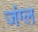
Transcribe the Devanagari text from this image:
जंग्ल